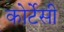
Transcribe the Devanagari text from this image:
कोर्टेसी